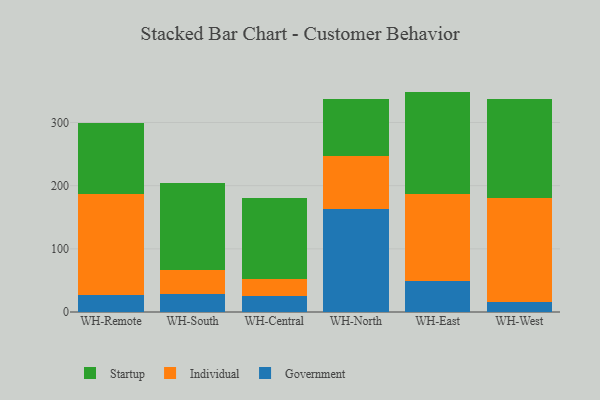
{"axis": {"x": "Warehouse", "y": "Humidity (%)"}, "legend": ["Government", "Individual", "Startup"], "data": [{"x": "WH-Remote", "y": 27.7, "type": "Government"}, {"x": "WH-Remote", "y": 159.0, "type": "Individual"}, {"x": "WH-Remote", "y": 112.8, "type": "Startup"}, {"x": "WH-South", "y": 28.5, "type": "Government"}, {"x": "WH-South", "y": 37.3, "type": "Individual"}, {"x": "WH-South", "y": 139.2, "type": "Startup"}, {"x": "WH-Central", "y": 25.1, "type": "Government"}, {"x": "WH-Central", "y": 26.4, "type": "Individual"}, {"x": "WH-Central", "y": 128.7, "type": "Startup"}, {"x": "WH-North", "y": 163.7, "type": "Government"}, {"x": "WH-North", "y": 83.4, "type": "Individual"}, {"x": "WH-North", "y": 90.4, "type": "Startup"}, {"x": "WH-East", "y": 48.8, "type": "Government"}, {"x": "WH-East", "y": 137.8, "type": "Individual"}, {"x": "WH-East", "y": 162.3, "type": "Startup"}, {"x": "WH-West", "y": 15.9, "type": "Government"}, {"x": "WH-West", "y": 164.0, "type": "Individual"}, {"x": "WH-West", "y": 157.8, "type": "Startup"}]}